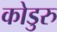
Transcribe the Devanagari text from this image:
कोडुरु